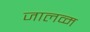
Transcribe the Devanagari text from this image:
जालव्म